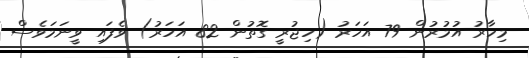
މިހާރު އުމުރުން 79 އަހަރު (ހިޖުރީ ގޮތުން 82 އަހަރު) ވެފައި ވީނަމަވެސް